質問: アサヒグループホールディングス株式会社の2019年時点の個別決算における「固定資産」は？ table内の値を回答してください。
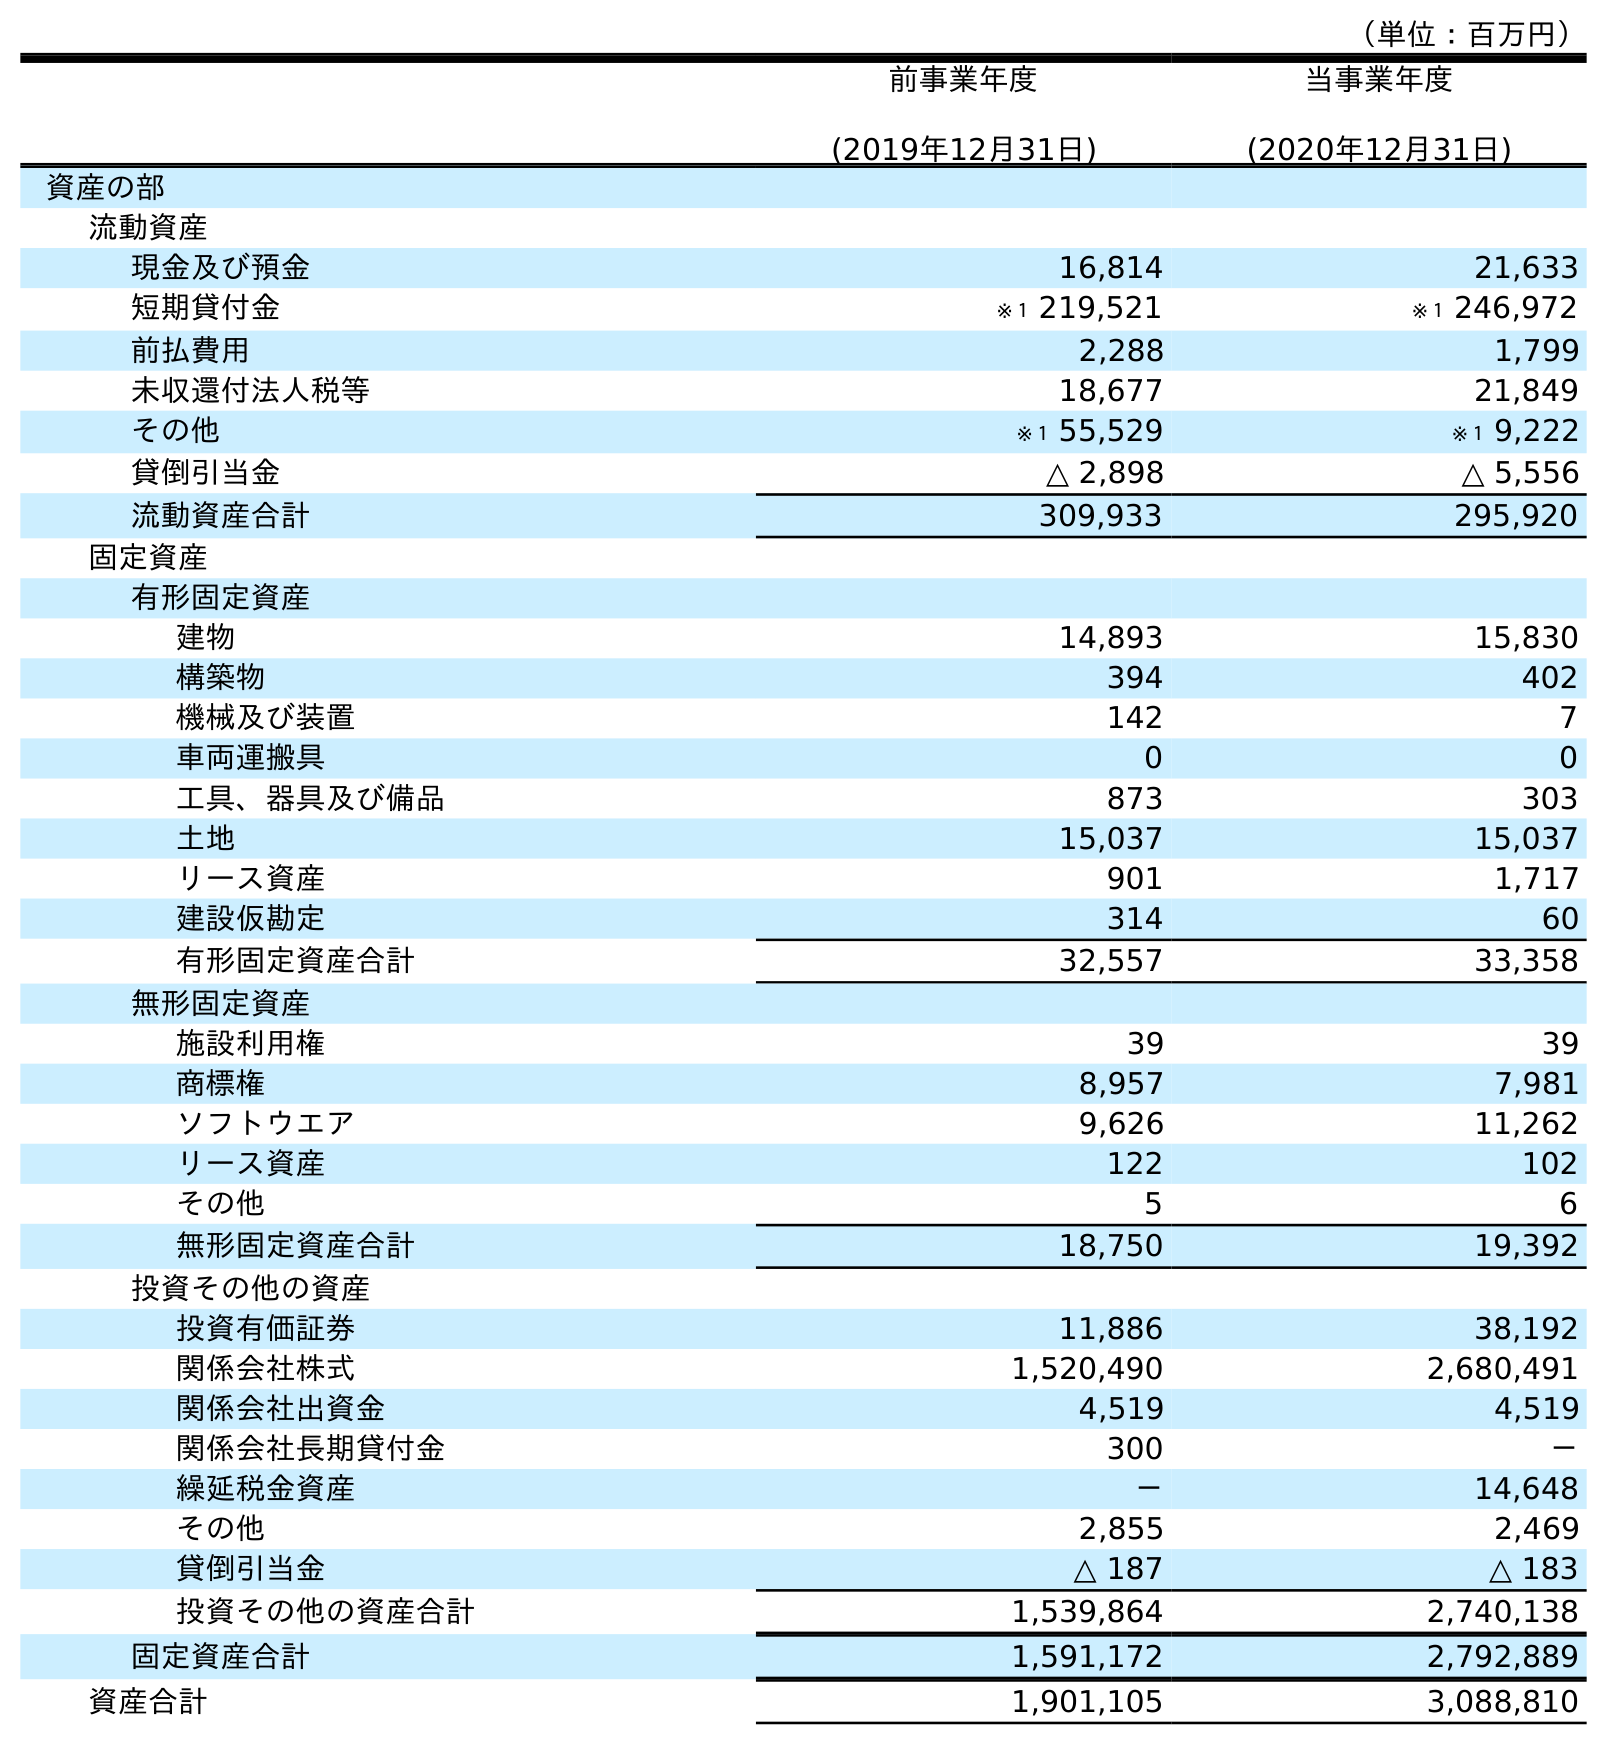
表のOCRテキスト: （単位：百万円） 前事業年度 (2019年12月31日) 当事業年度 (2020年12月31日) 資産の部 流動資産 現金及び預金 16,814 21,633 短期貸付金 ※１ 219,521 ※１ 246,972 前払費用 2,288 1,799 未収還付法人税等 18,677 21,849 その他 ※１ 55,529 ※１ 9,222 貸倒引当金 △ 2,898 △ 5,556 流動資産合計 309,933 295,920 固定資産 有形固定資産 建物 14,893 15,830 構築物 394 402 機械及び装置 142 7 車両運搬具 0 0 工具、器具及び備品 873 303 土地 15,037 15,037 リース資産 901 1,717 建設仮勘定 314 60 有形固定資産合計 32,557 33,358 無形固定資産 施設利用権 39 39 商標権 8,957 7,981 ソフトウエア 9,626 11,262 リース資産 122 102 その他 5 6 無形固定資産合計 18,750 19,392 投資その他の資産 投資有価証券 11,886 38,192 関係会社株式 1,520,490 2,680,491 関係会社出資金 4,519 4,519 関係会社長期貸付金 300 － 繰延税金資産 － 14,648 その他 2,855 2,469 貸倒引当金 △ 187 △ 183 投資その他の資産合計 1,539,864 2,740,138 固定資産合計 1,591,172 2,792,889 資産合計 1,901,105 3,088,810
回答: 1,591,172